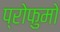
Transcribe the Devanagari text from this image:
प्रोफुमो